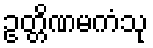
ဥတ္တိဏမကံသု